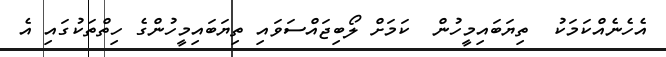
އެހެނެއްކަމަކު  ތިޔަބައިމީހުން  ކަމަށް ލޯބިޖައްސަވައި ތިޔަބައިމީހުންގެ ހިތްތަކުގައި އެ